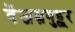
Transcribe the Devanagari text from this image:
वेंजम्नगुड्लूर